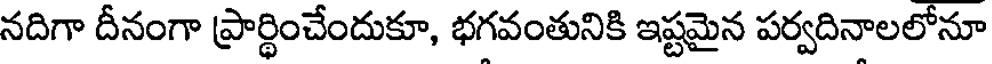
నదిగా దీనంగా ప్రార్థించేందుకూ, భగవంతునికి ఇష్టమైన పర్వదినాలలోనూ